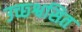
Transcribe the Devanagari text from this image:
उच्छ्श्वसित